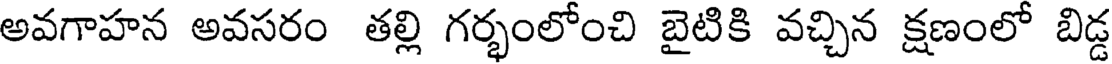
అవగాహన అవసరం తల్లి గర్భంలోంచి బైటికి వచ్చిన క్షణంలో బిడ్డ